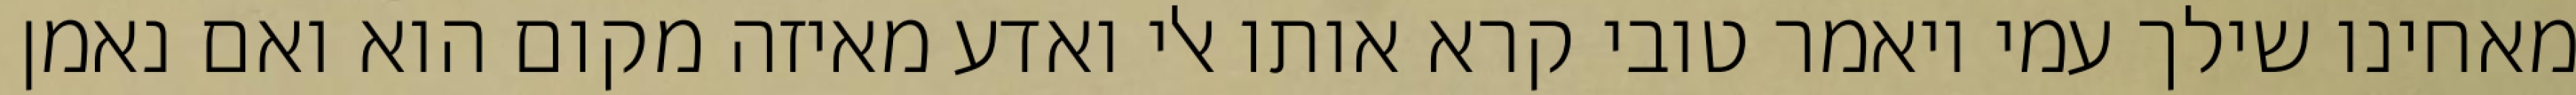
מאחינו שילך עמי ויאמר טובי קרא אותו אלי ואדע מאיזה מקום הוא ואם נאמן